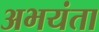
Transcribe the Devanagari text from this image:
अभयंता